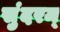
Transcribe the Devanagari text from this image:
सुंदरम्‌